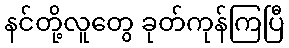
နင်တို့လူတွေ ခုတ်ကုန်ကြပြီ